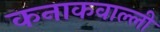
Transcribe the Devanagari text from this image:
कनाकवाल्ली